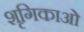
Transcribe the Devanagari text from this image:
शृगिकाओं